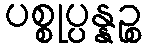
ပစ္စုပ္ပန္နဉ္စ